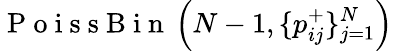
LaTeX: \mathrm{~P~o~i~s~s~B~i~n~}\left(N-1,\{ p_{ij}^{+}\} _{j=1}^{N}\right)